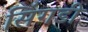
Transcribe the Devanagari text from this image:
सिंगडी